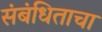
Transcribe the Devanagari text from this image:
संबंधिताचा